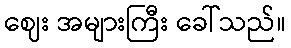
ဈေး အများကြီး ခေါ်သည်။